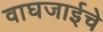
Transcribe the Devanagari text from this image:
वाघजाईचे